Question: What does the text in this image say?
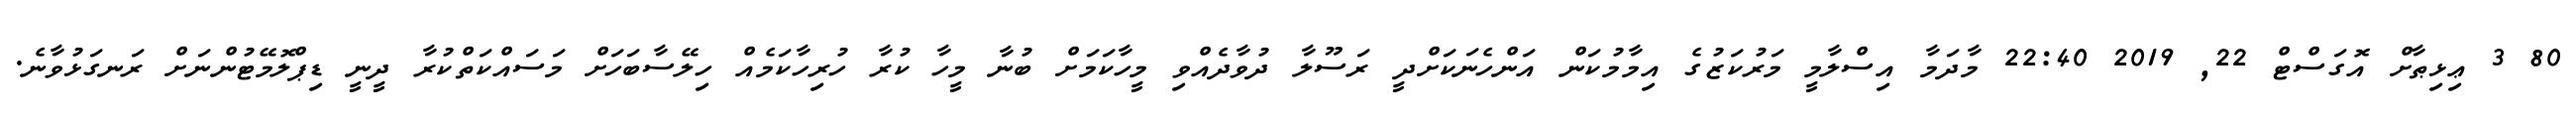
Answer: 80 3 ޢިޅިޠާށް އޮގަސްޓް 22, 2019 22:40 މާދަމާ އިސްލާމީ މަރުކަޒުގެ އިމާމުކަން އަންހެނަކަށްދީ ރަސޫލާ ދުވާދެއްވި މީހާކަމަށް ބުނާ މީހާ ކުރާ ހުރިހާކަމެއް ހިލޭސާބަހަށް މަސައްކަތްކުރާ ދީނީ ޑިޕްލޮމޭޓުންނަށް ރަނގަޅުވާނެ.